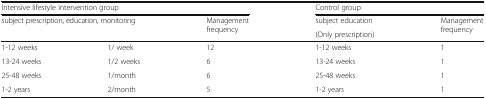
<table><thead><tr><td colspan="3"><b>Intensive lifestyle intervention group</b></td><td colspan="2"><b>Control group</b></td></tr><tr><td rowspan="2" colspan="2"><b>subject prescription, education, monitoring</b></td><td rowspan="2"><b>Management frequency</b></td><td><b>subject education</b></td><td rowspan="2"><b>Management frequency</b></td></tr><tr><td><b>(Only prescription)</b></td></tr></thead><tbody><tr><td>1-12 weeks</td><td>1/ week</td><td>12</td><td>1-12 weeks</td><td>1</td></tr><tr><td>13-24 weeks</td><td>1/2 weeks</td><td>6</td><td>13-24 weeks</td><td>1</td></tr><tr><td>25-48 weeks</td><td>1/month</td><td>6</td><td>25-48 weeks</td><td>1</td></tr><tr><td>1-2 years</td><td>2/month</td><td>5</td><td>1-2 years</td><td>1</td></tr></tbody></table>